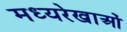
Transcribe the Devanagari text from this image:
मध्यरेखाओं